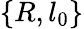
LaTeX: \{ R,l_{0}\}